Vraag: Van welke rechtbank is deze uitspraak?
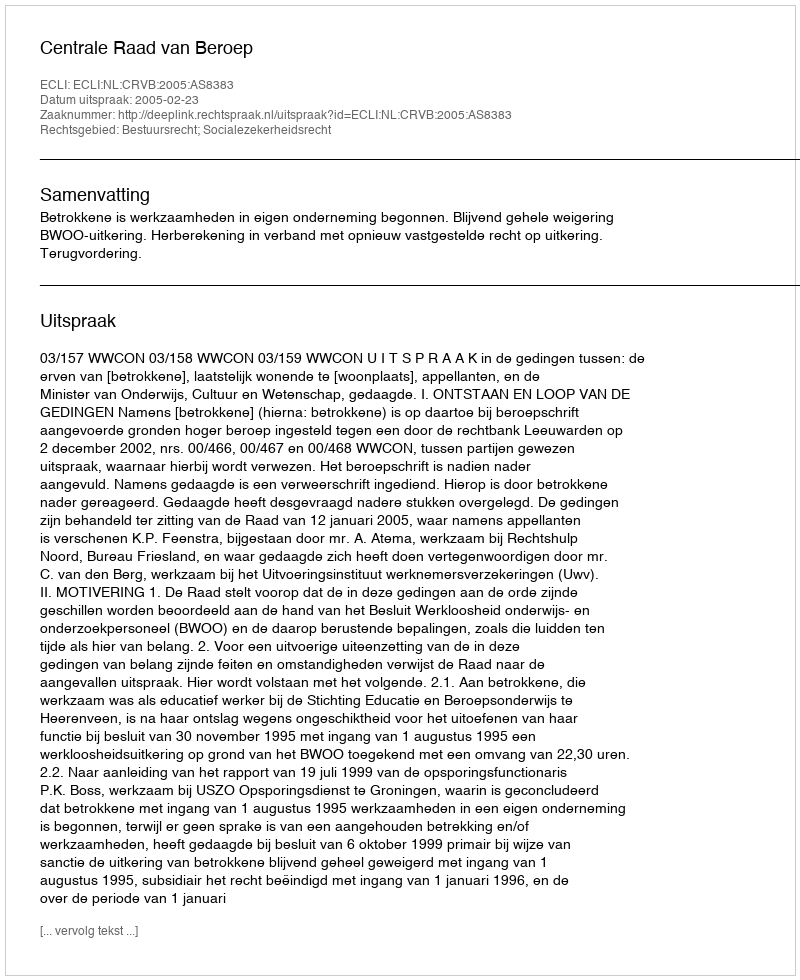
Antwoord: Centrale Raad van Beroep